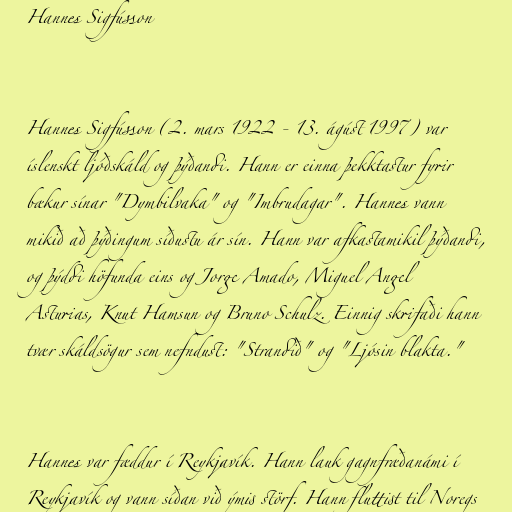
Hannes Sigfússon

Hannes Sigfússon (2. mars 1922 - 13. ágúst 1997) var
íslenskt ljóðskáld og þýðandi. Hann er einna þekktastur fyrir
bækur sínar "Dymbilvaka" og "Imbrudagar". Hannes vann
mikið að þýðingum síðustu ár sín. Hann var afkastamikil þýðandi,
og þýddi höfunda eins og Jorge Amado, Miguel Angel
Asturias, Knut Hamsun og Bruno Schulz. Einnig skrifaði hann
tvær skáldsögur sem nefndust: "Strandið" og "Ljósin blakta."

Hannes var fæddur í Reykjavík. Hann lauk gagnfræðanámi í
Reykjavík og vann síðan við ýmis störf. Hann fluttist til Noregs